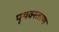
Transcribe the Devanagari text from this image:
पृथक्स्तरण